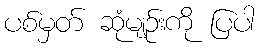
ပစ်မှတ် ဆုံမျဉ်းကို ပြပါ